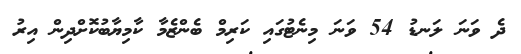
ދެ ވަނަ ލަނޑު 54 ވަނަ މިނެޓުގައި ކަރިމް ބެންޒެމާ ކާމިޔާބުކޮށްދިން އިރު